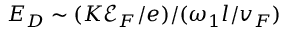
E _ { D } \sim ( K \mathscr { E } _ { F } / e ) / ( \omega _ { 1 } l / v _ { F } )